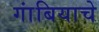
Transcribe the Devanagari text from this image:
गांबियाचे